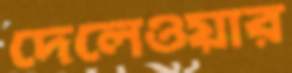
দেলেওয়ার